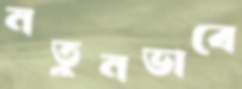
নতুনভাবে